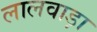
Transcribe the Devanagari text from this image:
लालवाड़ा